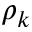
\rho _ { k }